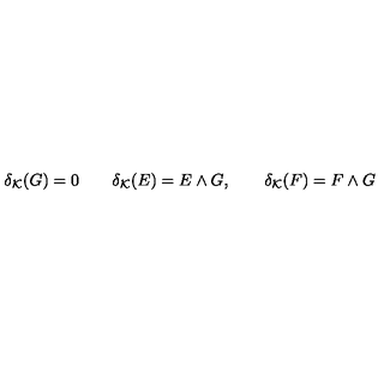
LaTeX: \delta _ { { \mathcal K } } ( G ) = 0 \qquad \delta _ { { \mathcal K } } ( E ) = E \wedge G , \qquad \delta _ { { \mathcal K } } ( F ) = F \wedge G